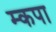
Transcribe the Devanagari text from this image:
म्कपा